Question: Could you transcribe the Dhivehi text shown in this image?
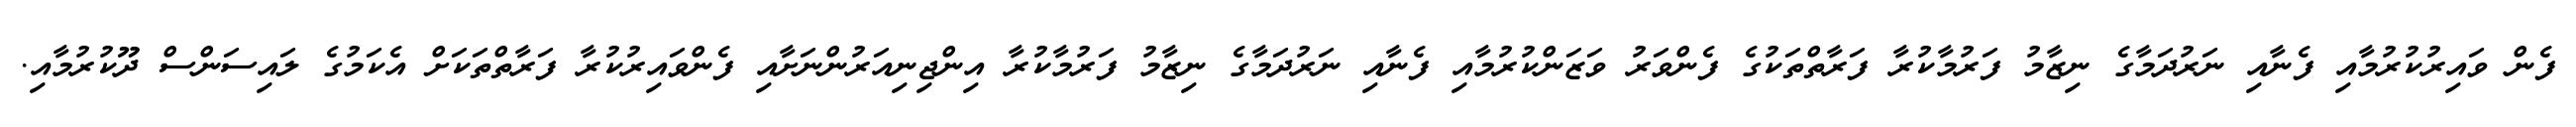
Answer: ފެން ވައިރުކުރުމާއި ފެނާއި ނަރުދަމާގެ ނިޒާމު ފަރުމާކުރާ ފަރާތްތަކުގެ ފެންވަރު ވަޒަންކުރުމާއި ފެނާއި ނަރުދަމާގެ ނިޒާމު ފަރުމާކުރާ އިންޖިނިއަރުންނަށާއި ފެންވައިރުކުރާ ފަރާތްތަކަށް އެކަމުގެ ލައިސަންސް ދޫކުރުމާއި.